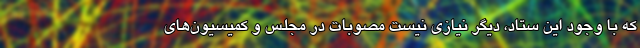
که با وجود این ستاد، دیگر نیازی نیست مصوبات در مجلس و کمیسیون‌های‌